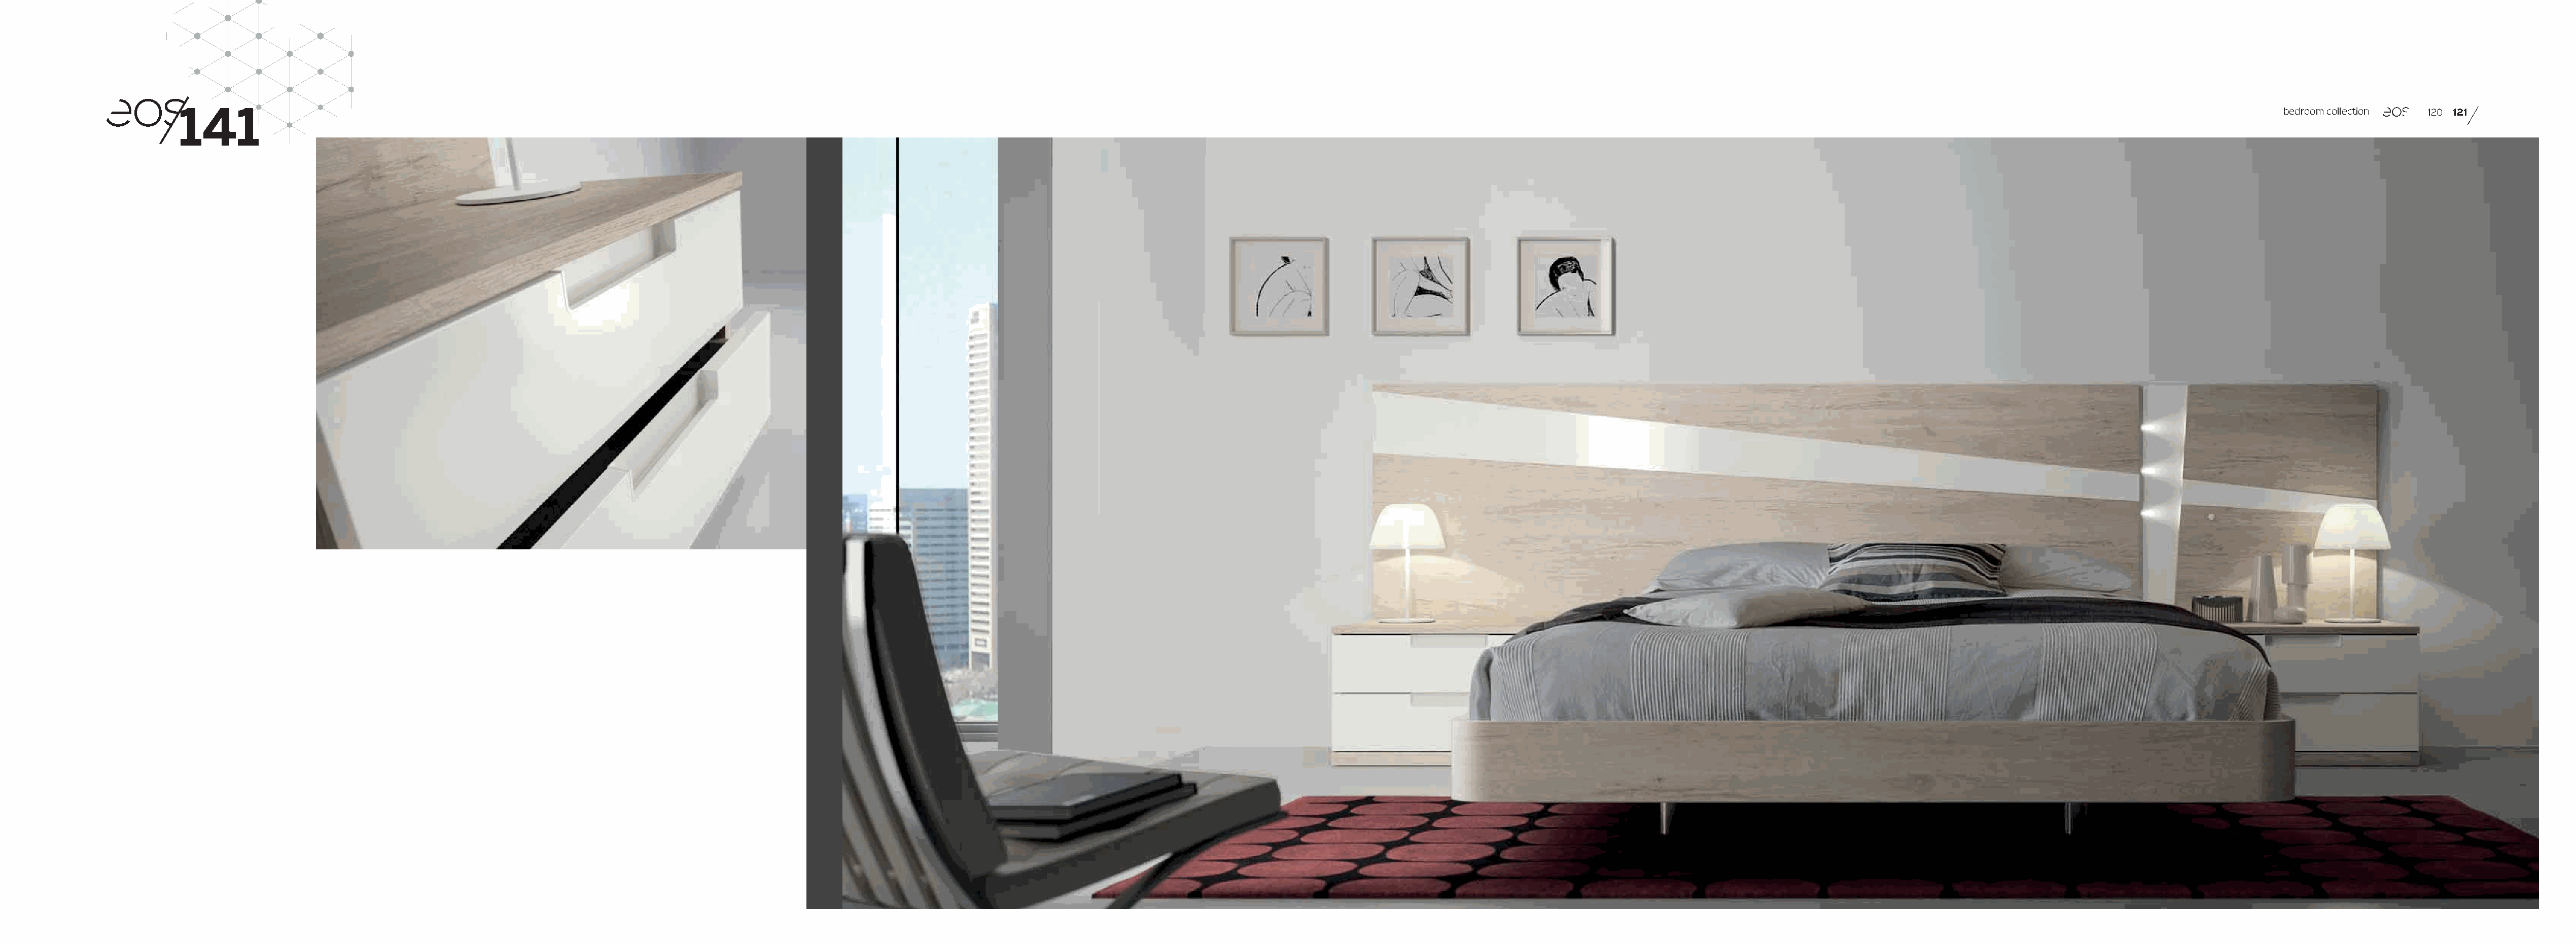
141                                                                                                                                                                                                                                                                                bedroom collection 120 121